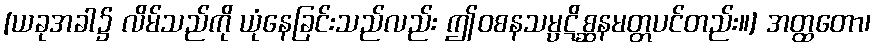
[ယခုအခါ၌ လိမ်သည်ကို ယုံနေခြင်းသည်လည်း ဤဝစနသမ္ပဋိစ္ဆနမတ္တပင်တည်း။] အတ္ထတော၊